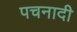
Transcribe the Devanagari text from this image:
पचनादी